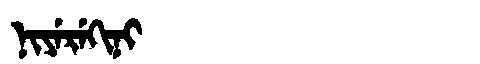
Manchu: ᠨᡳᠶᡝᡵᡝᡴᡳᠨᡳ
Romanization: NIYEREKINI